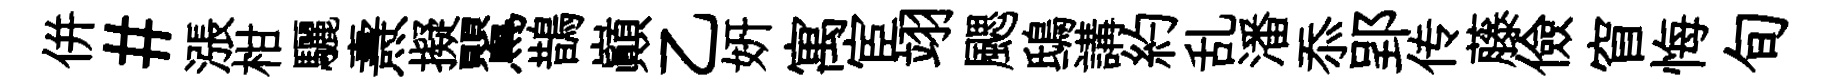
併#漲柑驪燾擬鸎鵲巔乙妍寓宦翊颸鴟講約乱潘忝郢传藤儉窅悔旬